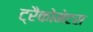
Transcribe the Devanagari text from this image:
ट्रैकोमेटस